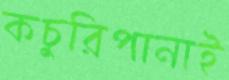
কচুরিপানাই